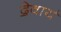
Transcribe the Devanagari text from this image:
दे॒वाय॑